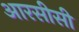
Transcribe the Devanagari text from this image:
आरसीसी